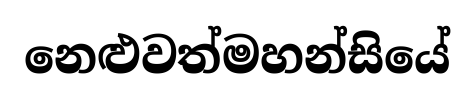
නෙළුවත්මහන්සියේ